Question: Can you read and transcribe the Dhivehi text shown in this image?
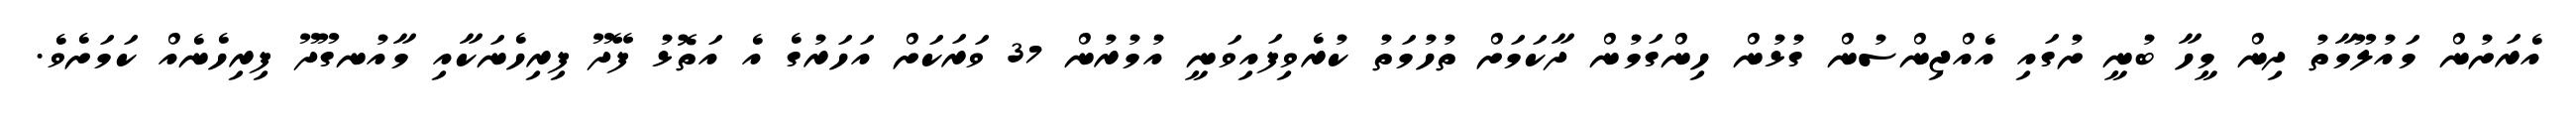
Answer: އެރަށުން މައުލޫމާތު ދިން މީހާ ބުނީ ށުގައި އެއްޖިންސުން ގުޅުން ހިންގަމުން ދާކަމަށް ތުހުމަތު ކުރެވިފައިވަނީ އުމުރުން 37 ވަރަކަށް އަހަރުގެ އެ އަތޮޅު ފޭދޫ ފިރިހެނަކާއި މާއުނގޫދޫ ފިރިހެނެއް ކަމަށެވެ.